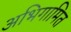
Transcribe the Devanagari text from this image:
अभिगामित